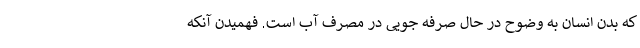
که بدن انسان به وضوح در حال صرفه جویی در مصرف آب است. فهمیدن آنکه